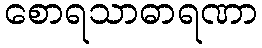
စောရသာဓာရဏာ